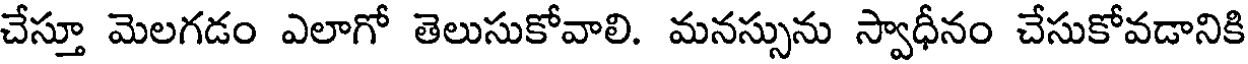
చేస్తూ మెలగడం ఎలాగో తెలుసుకోవాలి. మనస్సును స్వాధీనం చేసుకోవడానికి